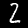
Label: 2